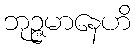
ဘုဉ္ဇမာနေဟိ